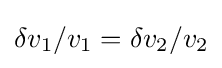
\delta v_{1}/v_{1}=\delta v_{2}/v_{2}